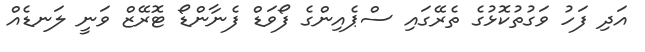
އަދި ފަހު ވަގުތުކޮޅުގެ ތެރޭގައި ސްޕެއިންގެ ފޯވަޑް ފެނާންޑޯ ޓޮރޭޒް ވަނީ ލަނޑެއް